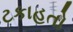
ટકાહતો